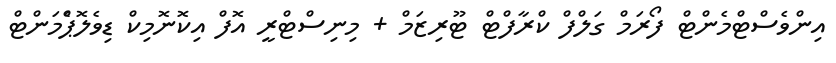
އިންވެސްޓްމެންޓް ފޯރަމް ގަލްފް ކްރާފްޓް ޓޫރިޒަމް + މިނިސްޓްރީ އޮފް އިކޮނޮމިކް ޑިވެލޮޕްެމަންޓް